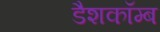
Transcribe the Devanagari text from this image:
डैशकॉम्ब